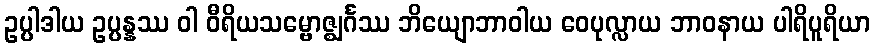
ဥပ္ပါဒါယ ဥပ္ပန္နဿ ဝါ ဝီရိယသမ္ဗောဇ္ဈင်္ဂဿ ဘိယျောဘာဝါယ ဝေပုလ္လာယ ဘာဝနာယ ပါရိပူရိယာ